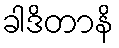
ခါဒိတာနိ